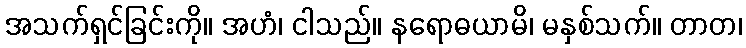
အသက်ရှင်ခြင်းကို။ အဟံ၊ ငါသည်။ နရောဓယာမိ၊ မနှစ်သက်။ တာတ၊